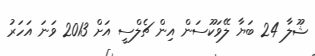
ޝޫލާ 24 ބަޔާ ލޭވަކޫސަން އިން ޗެލްސީ އަށް 2013 ވަނަ އަހަރު